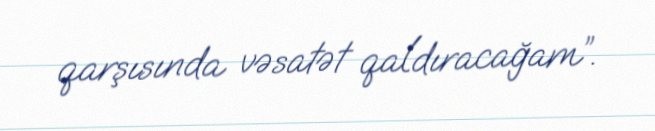
qarşısında vəsatət qaldıracağam”.